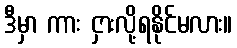
ဒီမှာ ကား ငှားလို့ရနိုင်မလား။